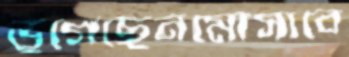
ভুগেছেনমোসাবে